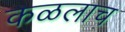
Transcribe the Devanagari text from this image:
कळलाच